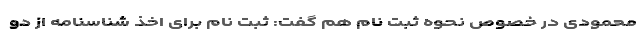
محمودی در خصوص نحوه ثبت نام هم گفت: ثبت نام برای اخذ شناسنامه از دو